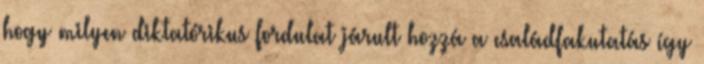
hogy milyen diktatórikus fordulat járult hozzá a családfakutatás így